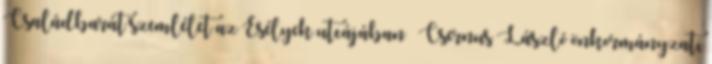
Családbarát szemlélet az Esélyek utcájában – Csernus László önkormányzati